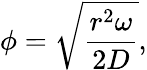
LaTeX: \phi=\sqrt{\frac{r^{2}\omega}{2D}},